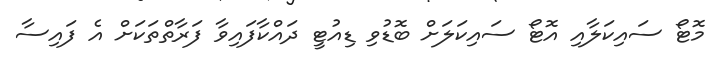
މޮޓޯ ސައިކަލާއި އޮޓޯ ސައިކަލަށް ބޮޑުވި ޑިއުޓީ ދައްކާފައިވާ ފަރާތްތަކަށް އެ ފައިސާ